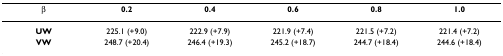
<table><thead><tr><td><b>β</b></td><td><b>0.2</b></td><td><b>0.4</b></td><td><b>0.6</b></td><td><b>0.8</b></td><td><b>1.0</b></td></tr></thead><tbody><tr><td><b>UW</b></td><td>225.1 (+9.0)</td><td>222.9 (+7.9)</td><td>221.9 (+7.4)</td><td>221.5 (+7.2)</td><td>221.4 (+7.2)</td></tr><tr><td><b>VW</b></td><td>248.7 (+20.4)</td><td>246.4 (+19.3)</td><td>245.2 (+18.7)</td><td>244.7 (+18.4)</td><td>244.6 (+18.4)</td></tr></tbody></table>